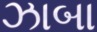
ઝાબા